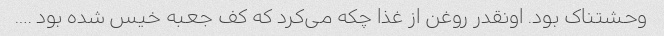
وحشتناک بود. اونقدر روغن از غذا چکه می‌کرد که کف جعبه خیس شده بود ….